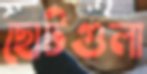
ছোটগুলা